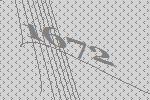
1672